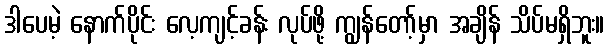
ဒါပေမဲ့ နောက်ပိုင်း လေ့ကျင့်ခန်း လုပ်ဖို့ ကျွန်တော့်မှာ အချိန် သိပ်မရှိဘူး။